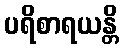
ပရိစာရယန္တိ